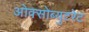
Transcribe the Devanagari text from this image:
ओक्सोब्युटरेट